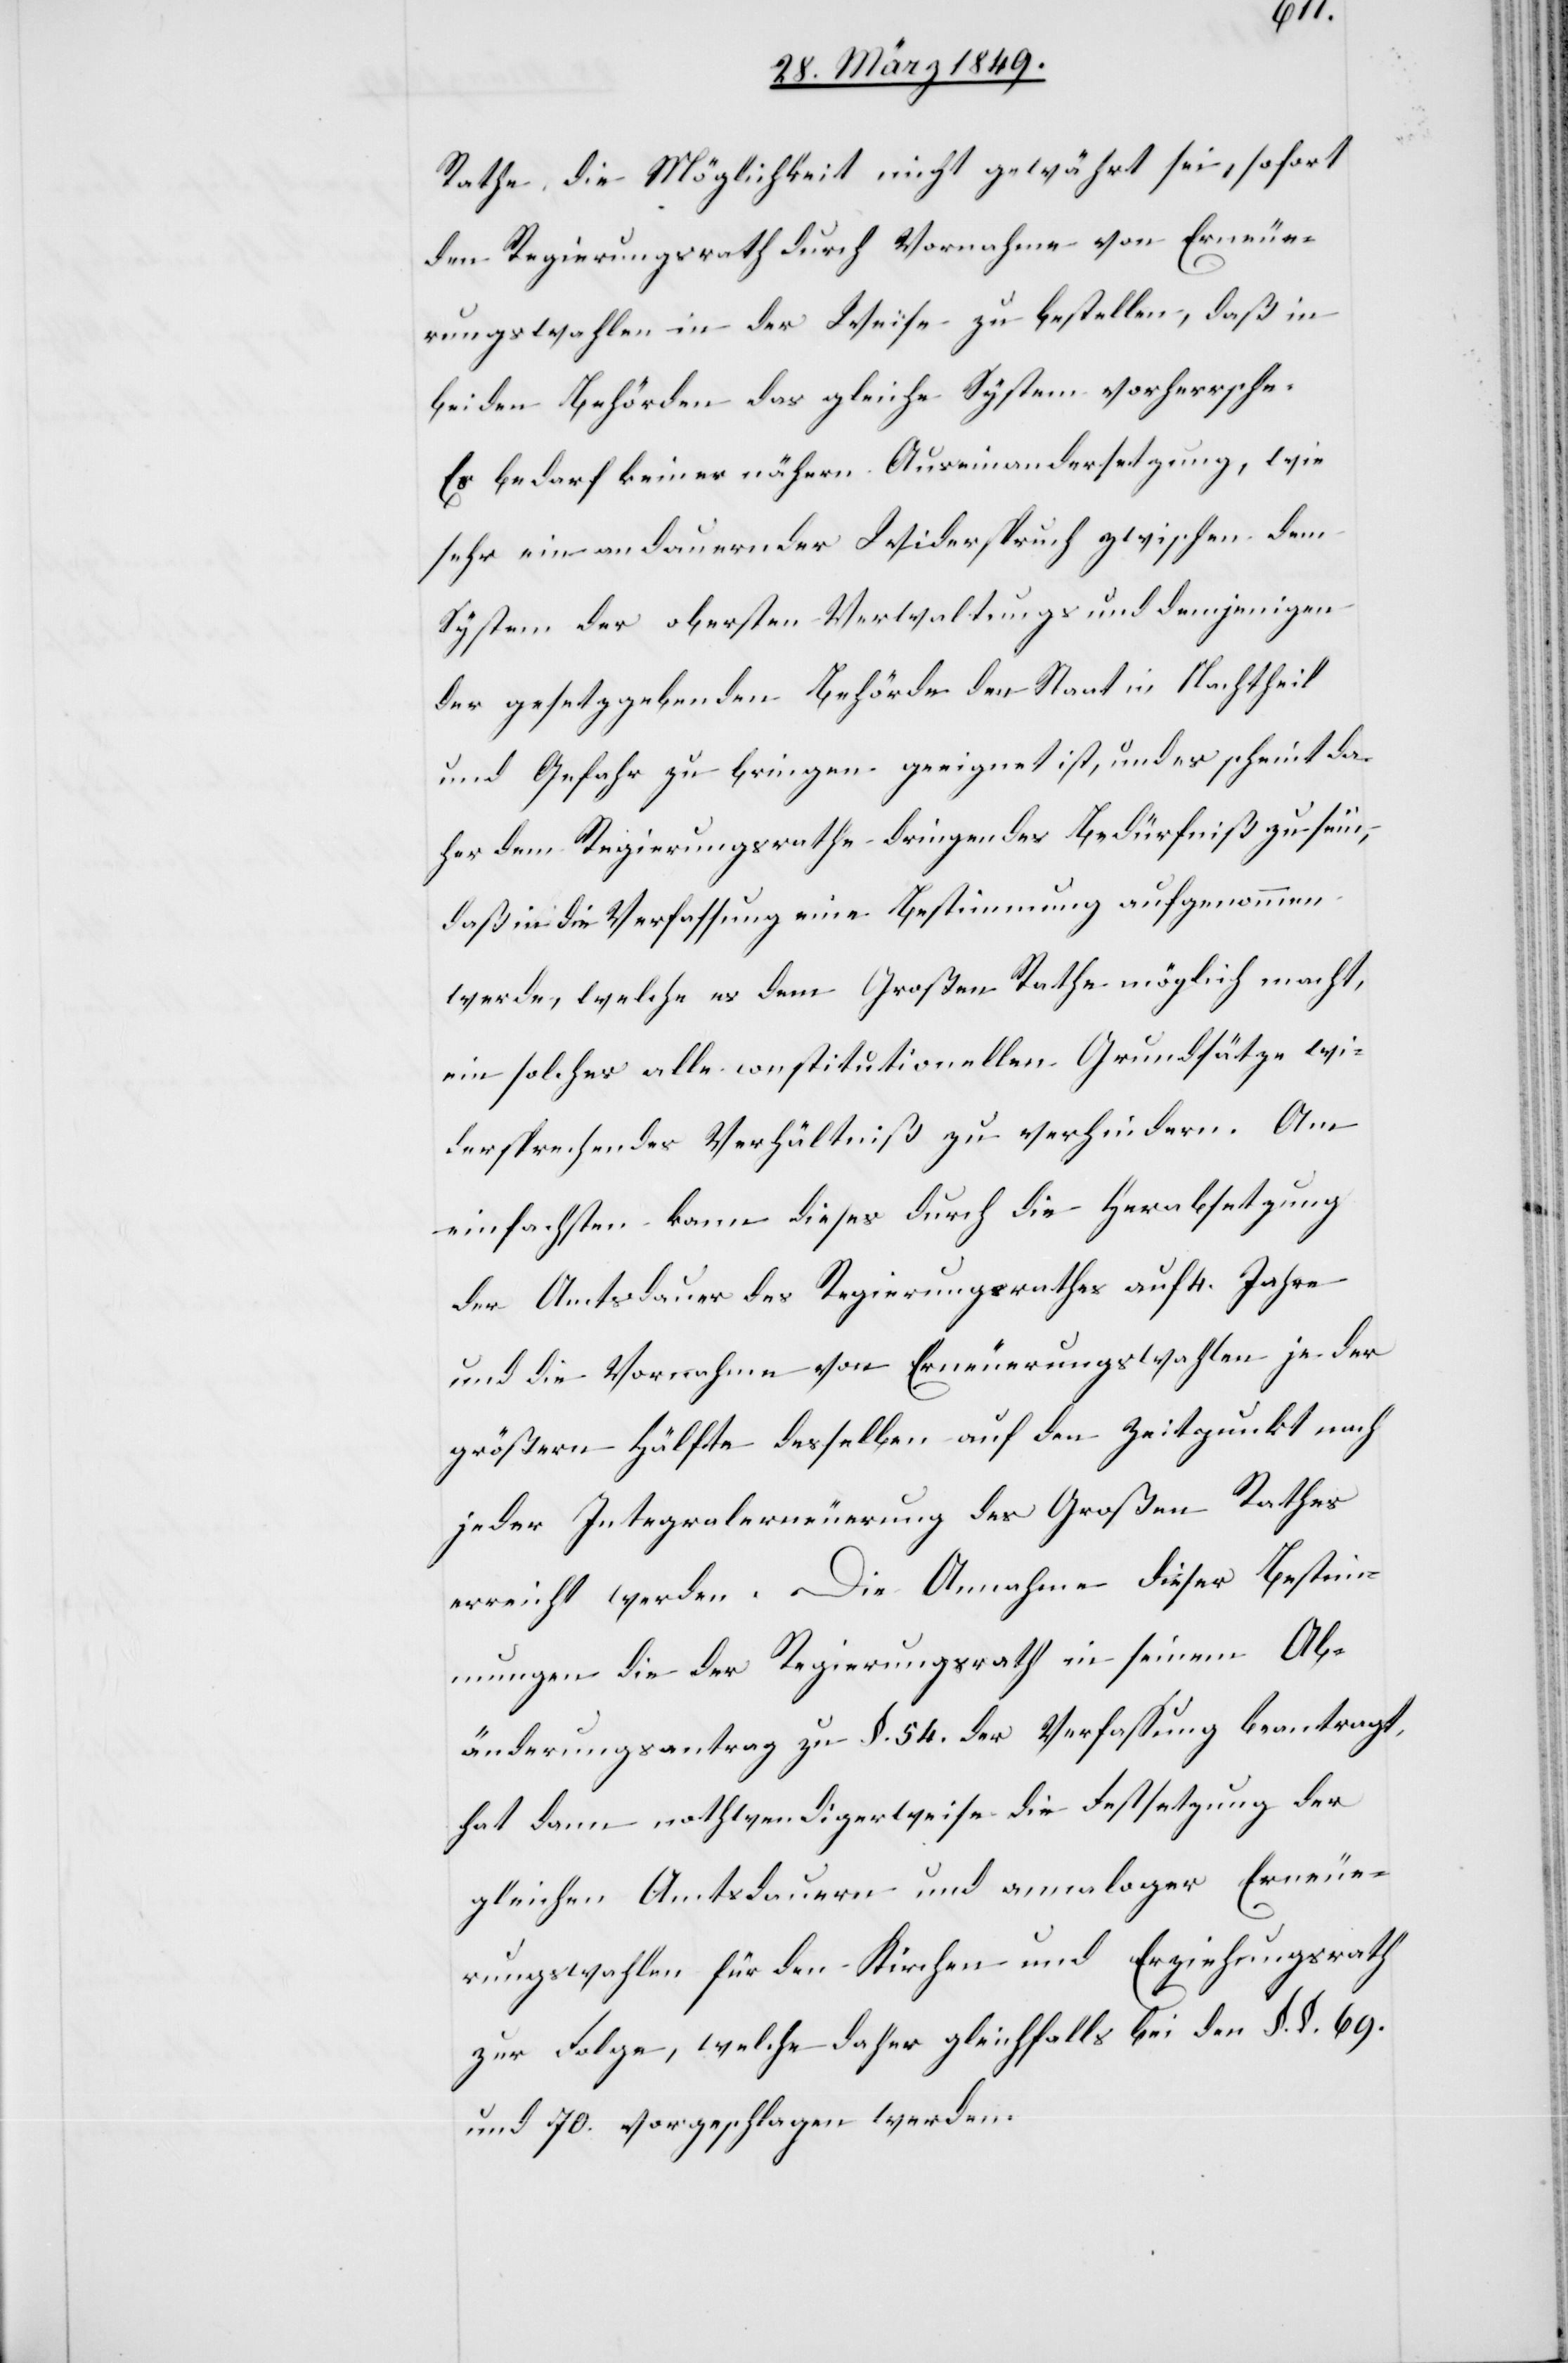
Rathe, die Möglichkeit nicht gewährt sei, sofort
den Regierungsrath durch Vornahme von Erneue¬
rungswahlen in der Weise zu bestellen, daß in
beiden Behörden das gleiche System vorherrsche.
Es bedarf keiner nähern Auseinandersetzung, wie
sehr ein andauernder Widerspruch zwischen dem
System der obersten Verwaltungs und demjenigen
der gesetzgebenden Behörde den Staat in Nachtheil
und Gefahr zu bringen geeignet ist, und es scheint da¬
her dem Regierungsrathe dringendes Bedürfniß zu sein,
daß in die Verfassung eine Bestimmung aufgenommen
werde, welche es dem Großen Rathe möglich macht,
ein solches alle constitutionellen Grundsätze wi¬
dersprechendes Verhältniß zu verhindern. Am
einfachsten kann dieses durch die Herabsetzung
der Amtsdauer des Regierungsrathes auf 4. Jahre
und die Vornahme von Erneuerungswahlen je der
größern Hälfte desselben auf den Zeitpunkt nach
jeder Integralerneuerung des Großen Rathes
erreicht werden. Die Annahme dieser Bestimm¬
ungen die der Regierungsrath in seinem Ab¬
änderungsantrag zu §. 54. der Verfassung beantragt,
hat dann nothwendigerweise die Festsetzung der
gleichen Amtsdauern und annaloger Erneue¬
rungswahlen für den Kirchen und Erziehungsrath
zur Folge, welche daher gleichfalls bei den §. §. 69.
und 70. vorgeschlagen werden.